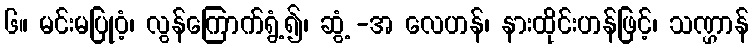
၆။ မင်းမပြုဝံ့၊ လွန်ကြောက်ရွံ့၍၊ ဆွံ့ -အ လေဟန်၊ နားထိုင်းဟန်ဖြင့်၊ သဏ္ဌာန်